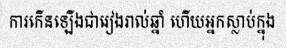
ការកើនឡើងជារៀងរាល់ឆ្នាំ ហើយអ្នកស្លាប់ក្នុង